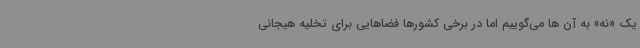
یک «نه» به آن ها می‌گوییم اما در برخی کشورها فضاهایی برای تخلیه هیجانی